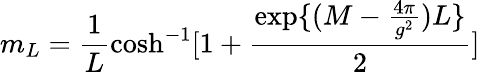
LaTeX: m_{L}=\frac{1}{L}\cosh^{-1}[1+\frac{\exp\{ (M-\frac{4\pi}{g^{2}})L\} }{2}]